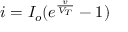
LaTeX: i = I _ { o } ( e ^ { \frac { v } { V _ { T } } } - 1 )